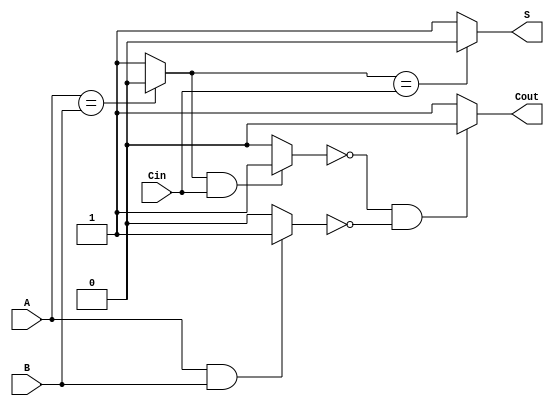
module fullAdder(A, B, Cin, S, Cout); 
input A, B, Cin; 
output S, Cout; 
reg S, Cout, w1, w2, w3; 

always @(A or B or Cin)
begin
    if( A == B)
        w1 = 1'b0; 
    else
        
        w1 = 1'b1;

    if( w1 == Cin)
        S = 1'b0; 
    else
        
        S = 1'b1; 

    if(w1== 1'b1 && Cin== 1'b1)
        w2= 1'b1;
    else
        w2= 1'b0;
    
    if(A== 1'b1 && B== 1'b1)
        w3= 1'b1;
    else
        w3= 1'b0;

    if(w2 == 1'b0 && w3 == 1'b0)
        Cout= 1'b0;
    else
        Cout= 1'b1;
end
endmodule

module test; 
reg A, B, Cin; 
wire S , Cout; 
fullAdder i(A, B, Cin, S, Cout); 
initial 
begin
     A = 1'b0;
    B= 1'b0;
    Cin= 1'b0;
    $display("A     B     Cin     Sum     Carry     Time");

    $monitor(" %b    %b     %b       %b       %b           %0t ", A , B , Cin ,S ,Cout, $time);

    #5 A = 1'b0 ; B = 1'b0 ; Cin = 1'b0;
    #5 A = 1'b0 ; B = 1'b0 ; Cin = 1'b1;
    #5 A = 1'b0 ; B = 1'b1 ; Cin = 1'b0;
    #5 A = 1'b0 ; B = 1'b1 ; Cin = 1'b1;
    #5 A = 1'b1 ; B = 1'b0 ; Cin = 1'b0;
    #5 A = 1'b1 ; B = 1'b0 ; Cin = 1'b1;
    #5 A = 1'b1 ; B = 1'b1 ; Cin = 1'b0;
    #5 A = 1'b1 ; B = 1'b1 ; Cin = 1'b1;

end 
endmodule